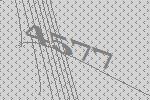
4577